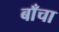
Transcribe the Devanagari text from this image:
बाँचा